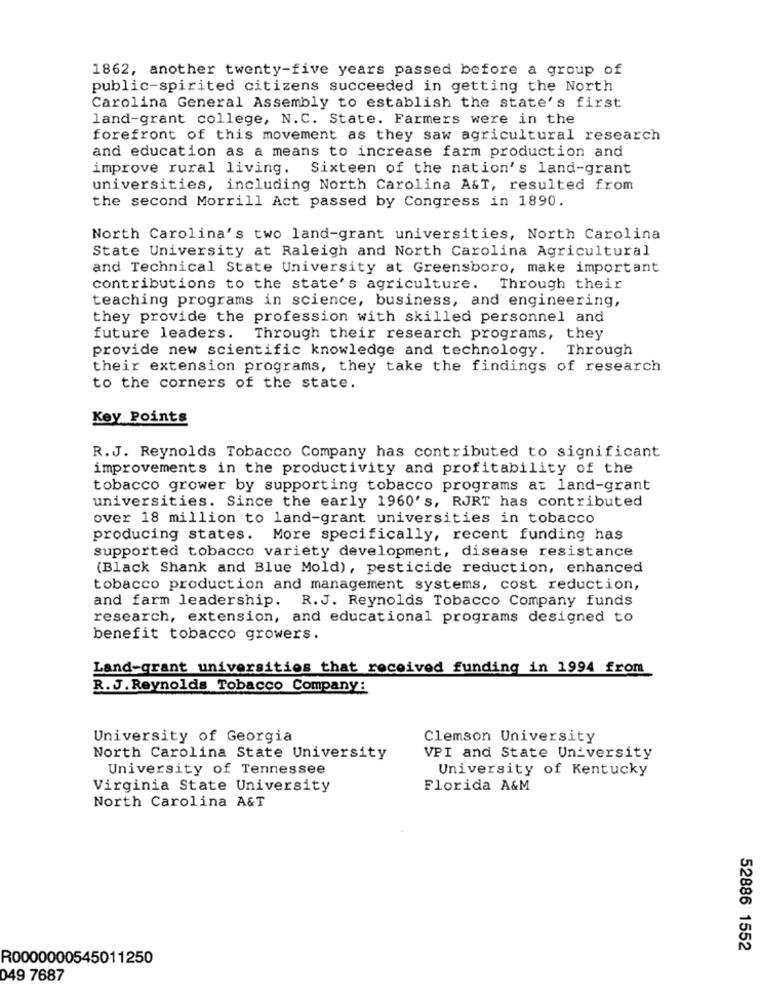
1862, another twenty-five years passed before a group of
public-spirited citizens succeeded in getting the North
Carolina General Assembly to establish the state's first
land-grant college, N.C. State. Farmers were in the
forefront of this movement as they saw agricultural research
and education as a means to increase farm production and
improve rural living. Sixteen of the nation's land-grant
universities, including North Carolina A&T, resulted from
the second Morrill Act passed by Congress in 1890.
North Carolina's two land-grant universities, North Carolina
State University at Raleigh and North Carolina Agricultural
and Technical State University at Greensboro, make important
contributions to the state's agriculture. Through their
teaching programs in science, business, and engineering,
they provide the profession with skilled personnel and
future leaders. Through their research programs, they
provide new scientific knowledge and technology.
Through
their extension programs, they take the findings of research
to the corners of the state.
Key Points
R.J. Reynolds Tobacco Company has contributed to significant
improvements in the productivity and profitability of the
tobacco grower by supporting tobacco programs at land-grant
universities. Since the early 1960's, RJRT has contributed
over 18 million to land-grant universities in tobacco
producing states.
More specifically, recent funding has
supported tobacco variety development, disease resistance
(Black Shank and Blue Mold), pesticide reduction, enhanced
tobacco production and management systems, cost reduction,
and farm leadership. R.J. Reynolds Tobacco Company funds
research, extension, and educational programs designed to
benefit tobacco growers.
Land-grant universities that received funding in 1994 from
R. J. Reynolds Tobacco Company:
University of Georgia
Clemson University
North Carolina State University
VPI and State University
University of Tennessee
University of Kentucky
Virginia State University
Florida A&M
North Carolina A&T
52886 1552
R0000000545011250
049 7687